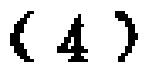
\((4)\)